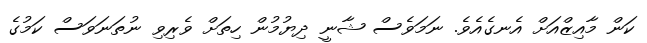
ކަން މާއިޒްއަށް އެނގެއެވެ. ނަމަވެސް ޝާނީ ދިޔުމުން ހިތަށް ވެރިވި ނުތަނަވަސް ކަމުގެ